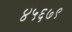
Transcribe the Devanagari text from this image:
४५६७९